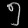
Digit: ၅